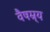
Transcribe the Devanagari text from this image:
वैषम्र्य